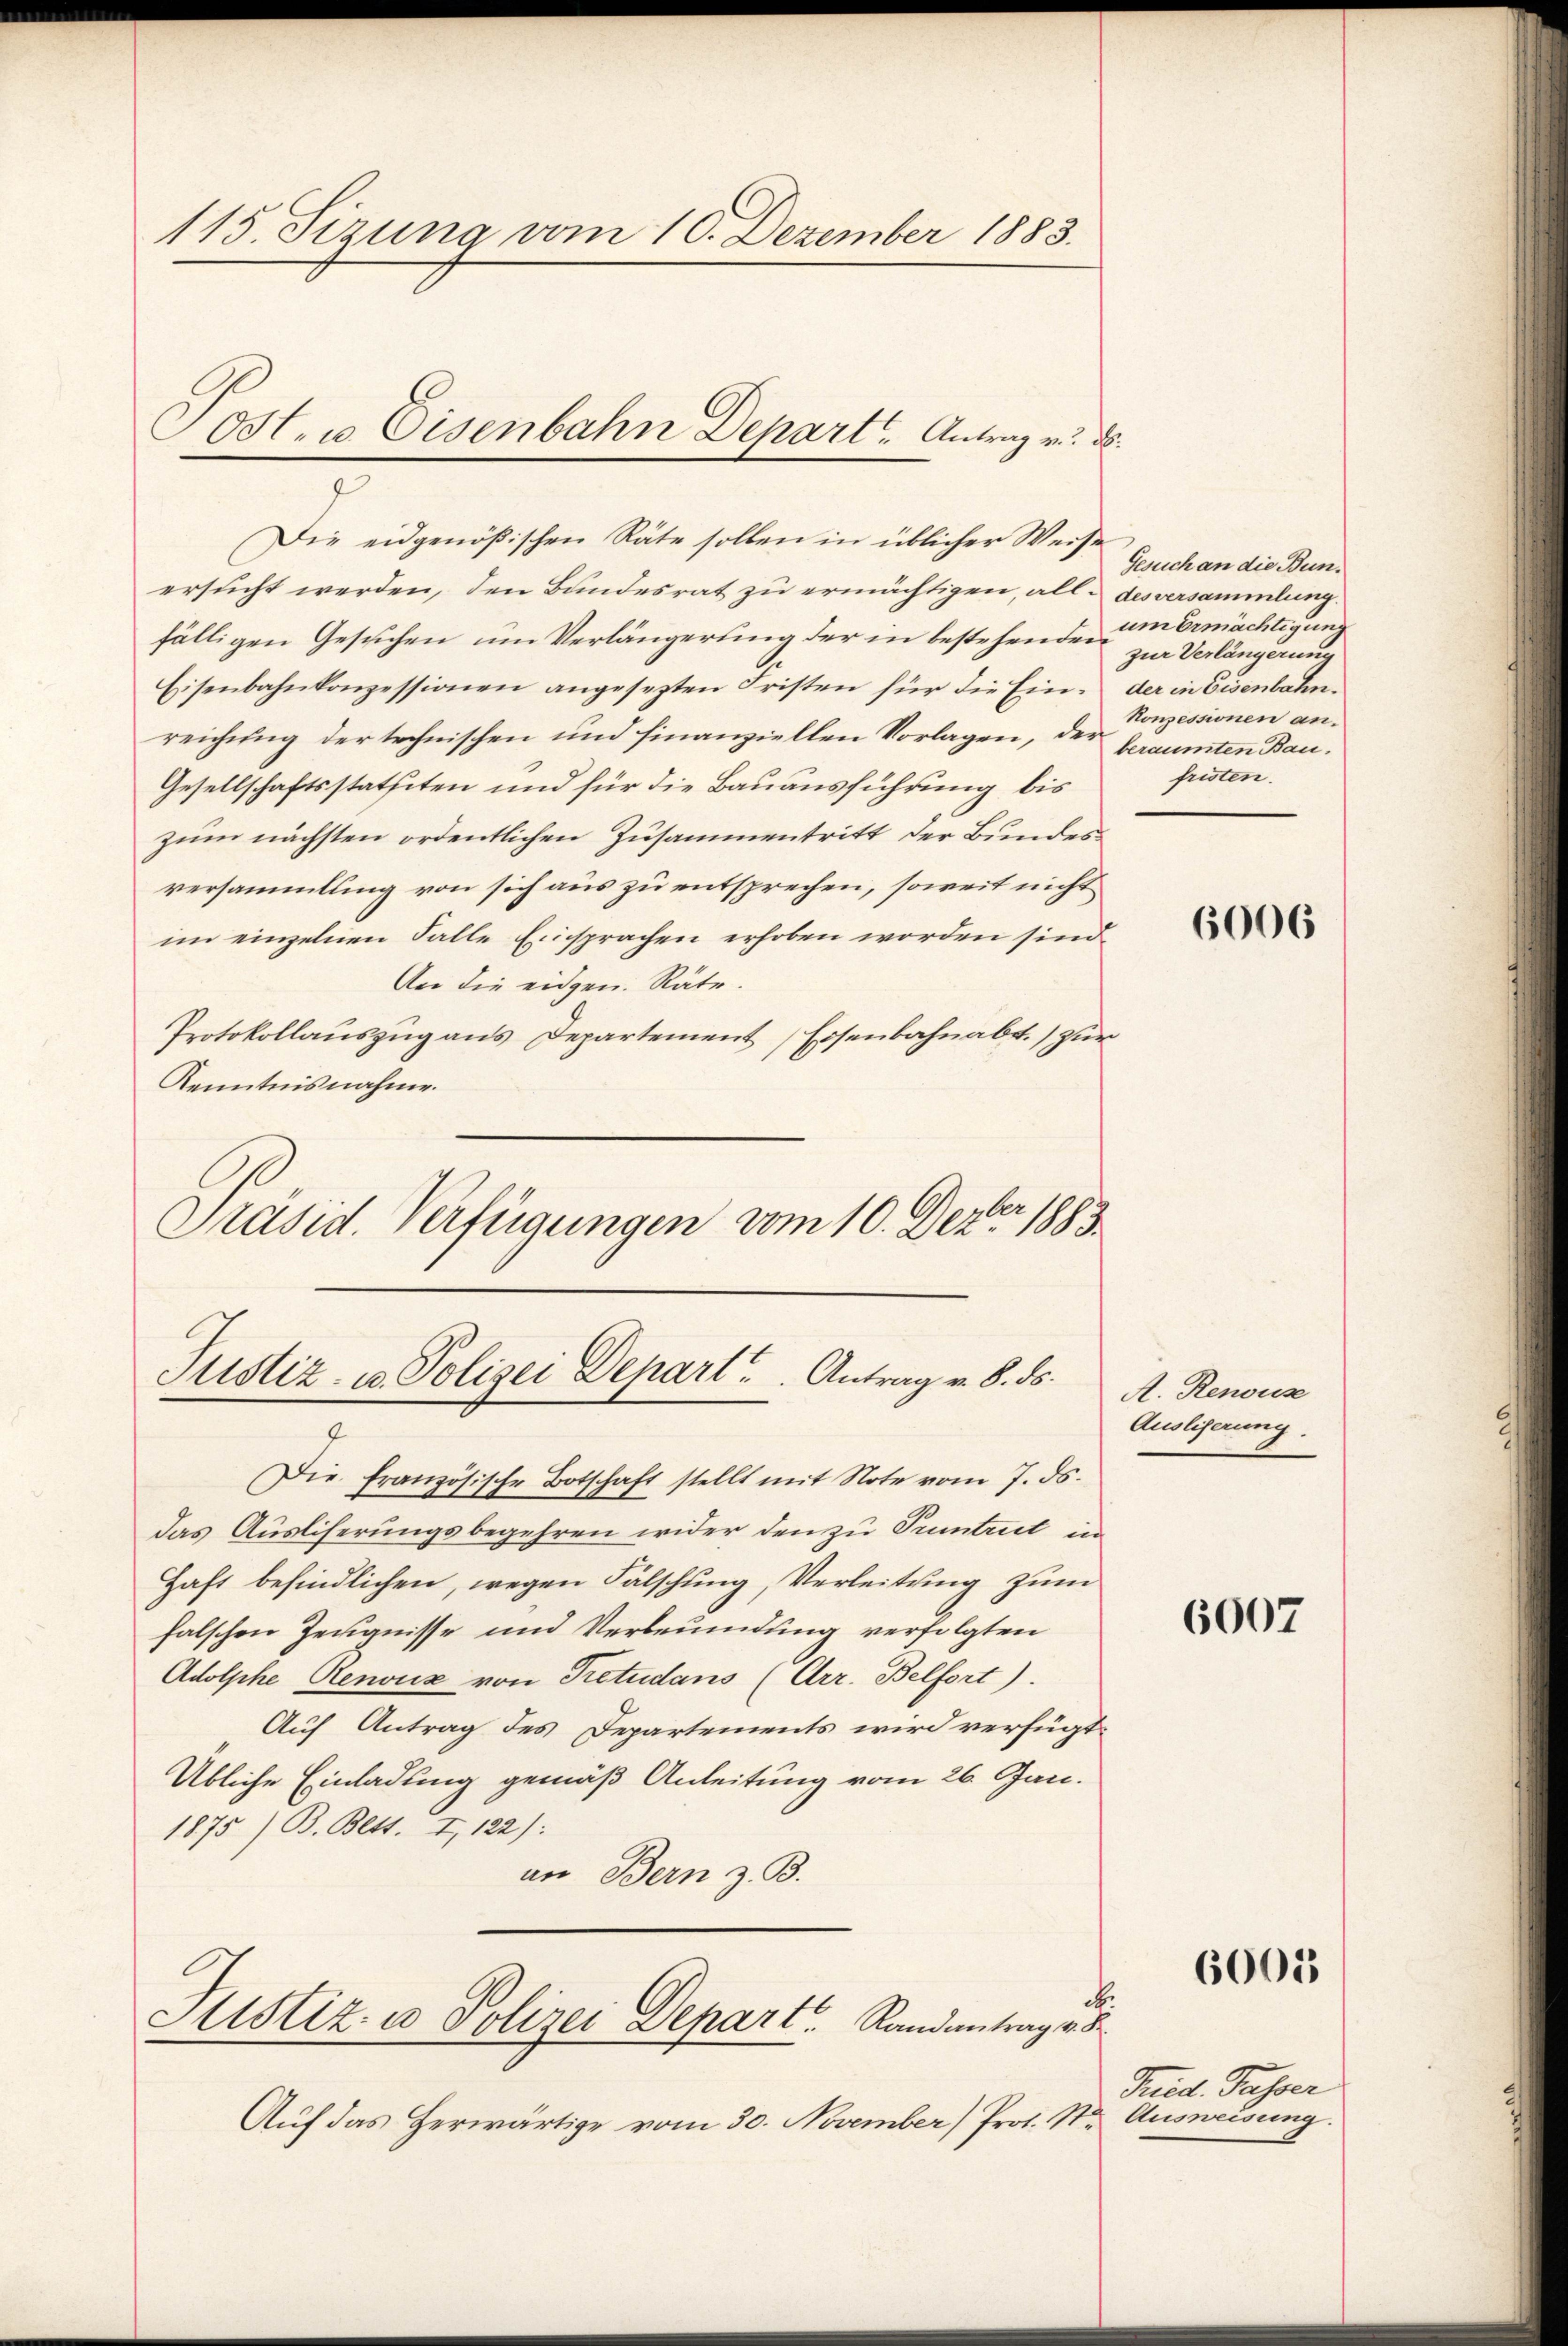
115 Sizung vom 10. Dezember 1883.

Die eidgenößischen Räte sollen in üblicher Weise
ersucht werden, den Bandesrat zu ermächtigen, all des versammlung.
fälligen Gesuchen um Verlängerung der in bestehenden um Ermächtigun¬
Eisenbahnkonzessionen angesezten Fristen für die Ein- der in Eisenbahn.
reichung der technischen und finanziellen Vorlagen, der beraumten Bau¬
Gesellschaftsstatteten und für die Bauausführung bis
zum nächsten ordentlichen Zusammentritt der Bundesversammlung von sich aus zu entsprechen, soweit nicht
im einzelnen Falle Einsprachen erhoben worden sind.
An die eidgen. Räte.
Protokollaŭszŭg ans Departement Eisenbahnabt. zŭr
Kenntnisnahme.
Präsid. Verfügungen vom 10. Dezbr. 1883.

Ost. u. Eisenbahn Depart Antrag v. ds.
2

Justiz- u. Polizei Depart ..  ..  Antrag v. 8. ds.

Die französische Botschaft stellt mit Note vom 7. ds.
das Auslieferungsbegehren wider den zu Pumtreit in
Haft befindlichen, wegen Fälschung, Verleitung zum
falschen Zeugnisse und Verbrundung verfolgten
Adolphe Renouz von Pretudans (Arr. Belfort).
Auf Antrag des Departements wird verfügt:
Übliche Einladung gemäß Anleitung vom 26. Jan.
1875) B. Bett. I, 122):
an Bern z. B.
.
Sistiz- u Polizei Depart. Randantrag v. B
Auf das herwärtige vom 30. November) Prof. St. Ausweisung.

Gesuch an die Bunzur Verlängerung
Konzessionen an.
fristen.

6006

A. Renous
Ausliserung.

6007

6005

Fried. Passer